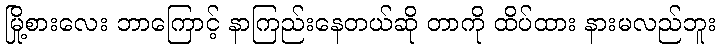
မြို့စားလေး ဘာကြောင့် နာကြည်းနေတယ်ဆို တာကို ထိပ်ထား နားမလည်ဘူး